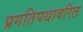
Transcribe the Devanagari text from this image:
प्रगतिपथावरिल